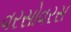
વરસોવરસ